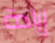
إرادة